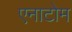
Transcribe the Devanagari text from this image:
एनाटोम